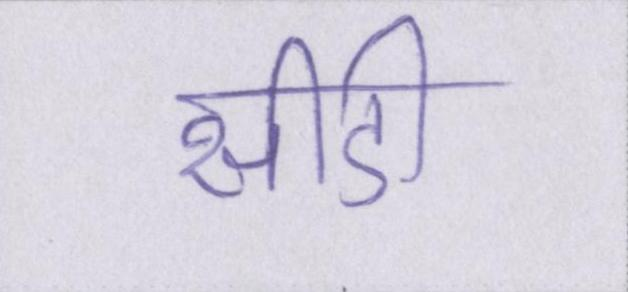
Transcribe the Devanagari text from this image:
सीडी